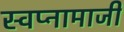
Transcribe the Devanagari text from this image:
स्वप्नामाजी